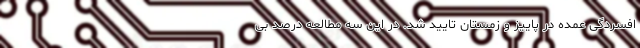
افسردگی عمده در پاییز و زمستان تایید شد. در این سه مطالعه درصد بی